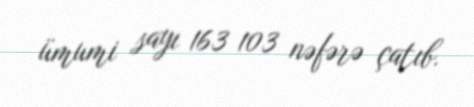
ümumi sayı 163 103 nəfərə çatıb.